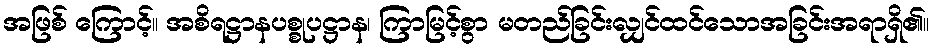
အဖြစ် ကြောင့်။ အစိရဋ္ဌာနပစ္စုပဋ္ဌာန၊ ကြာမြင့်စွာ မတည်ခြင်းလျှင်ထင်သောအခြင်းအရာရှိ၏။